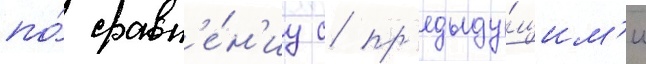
по́ сравн'е́н'иу с пр'едыду́щим'и